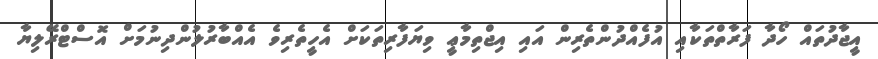
އީޖާދުތައް ހޯދާ ފަރާތްތަކާއި އުފެއްދުންތެރިން އައި އިޖްތިމާޢީ ވިޔަފާރިތަކަށް އެހީތެރިވެ އެއްބާރުލުންދިނުމަށް އޮސްޓްރޭލިޔާ